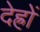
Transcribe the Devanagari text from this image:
देह्रों